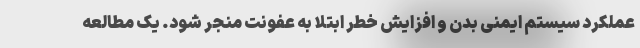
عملکرد سیستم ایمنی بدن و افزایش خطر ابتلا به عفونت منجر شود. یک مطالعه